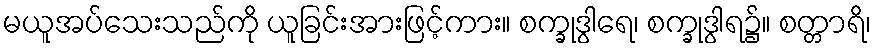
မယူအပ်သေးသည်ကို ယူခြင်းအားဖြင့်ကား။ စက္ခုဒွါရေ၊ စက္ခုဒွါရ၌။ စတ္တာရိ၊